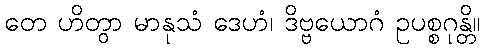
တေ ဟိတွာ မာနုသံ ဒေဟံ၊ ဒိဗ္ဗယောဂံ ဥပစ္စဂုန္တိ။